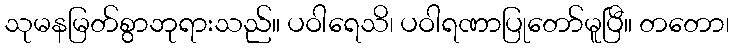
သုမနမြတ်စွာဘုရားသည်။ ပဝါရေသိ၊ ပဝါရဏာပြုတော်မူပြီ။ တတော၊